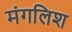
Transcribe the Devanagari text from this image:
मंगलिश